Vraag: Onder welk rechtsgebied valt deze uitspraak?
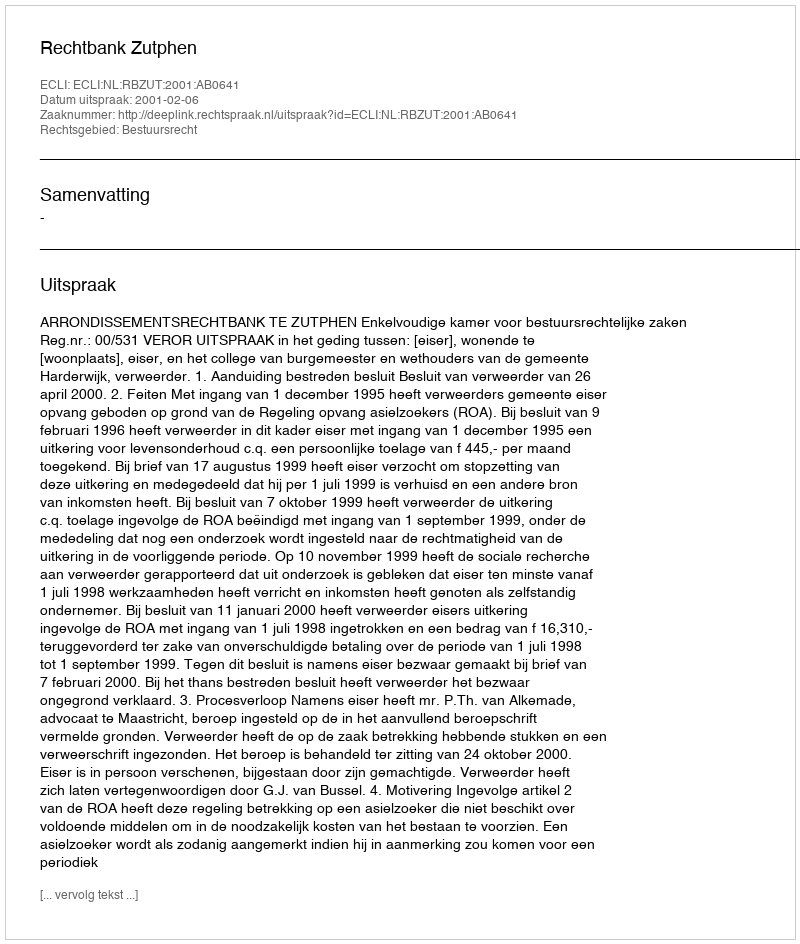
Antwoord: Bestuursrecht